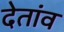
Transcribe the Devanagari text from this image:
देतांव